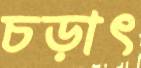
চড়াৎ